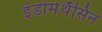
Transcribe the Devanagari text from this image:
इंडोमेथॅसिन